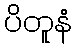
ပိတူနံ